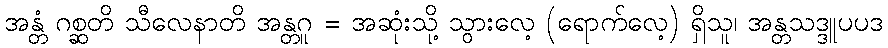
အန္တံ ဂစ္ဆတိ သီလေနာတိ အန္တဂူ = အဆုံးသို့ သွားလေ့ (ရောက်လေ့) ရှိသူ၊ အန္တသဒ္ဒူပပဒ